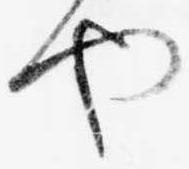
や